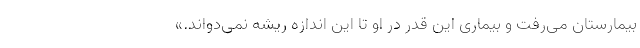
بیمارستان می‌رفت و بیماری این قدر در او تا این اندازه ریشه نمی‌دواند.»